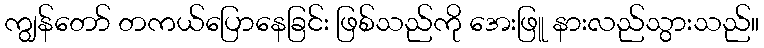
ကျွန်တော် တကယ်ပြောနေခြင်း ဖြစ်သည်ကို အေးဖြူ နားလည်သွားသည်။